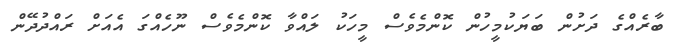
ބާރެއްގެ ދަށުން ބަޔަކުމީހުން ކޮންމެވެސް މީހަކު ލައްވާ ކޮންމެވެސް ނޫހެއްގަ އެއަށް ރައްދުދޭން